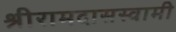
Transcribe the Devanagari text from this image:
श्रीरामदासस्वामी